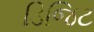
ડિજિટ